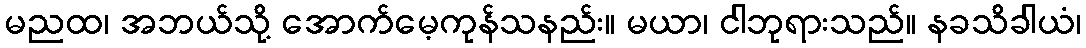
မညထ၊ အဘယ်သို့ အောက်မေ့ကုန်သနည်း။ မယာ၊ ငါဘုရားသည်။ နခသိခါယံ၊